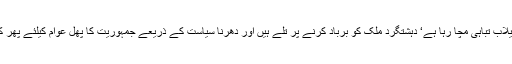
موجودہ نازک حالات میں جبکہ سیلاب تباہی مچا رہا ہے‘ دہشتگرد ملک کو برباد کرنے پر تلے ہیں اور دھرنا سیاست کے ذریعے جمہوریت کا پھل عوام کیلئے پھر کڑواکرنے کی سازشیں جاری ہیں۔